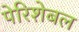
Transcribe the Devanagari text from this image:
पेरिशेबल